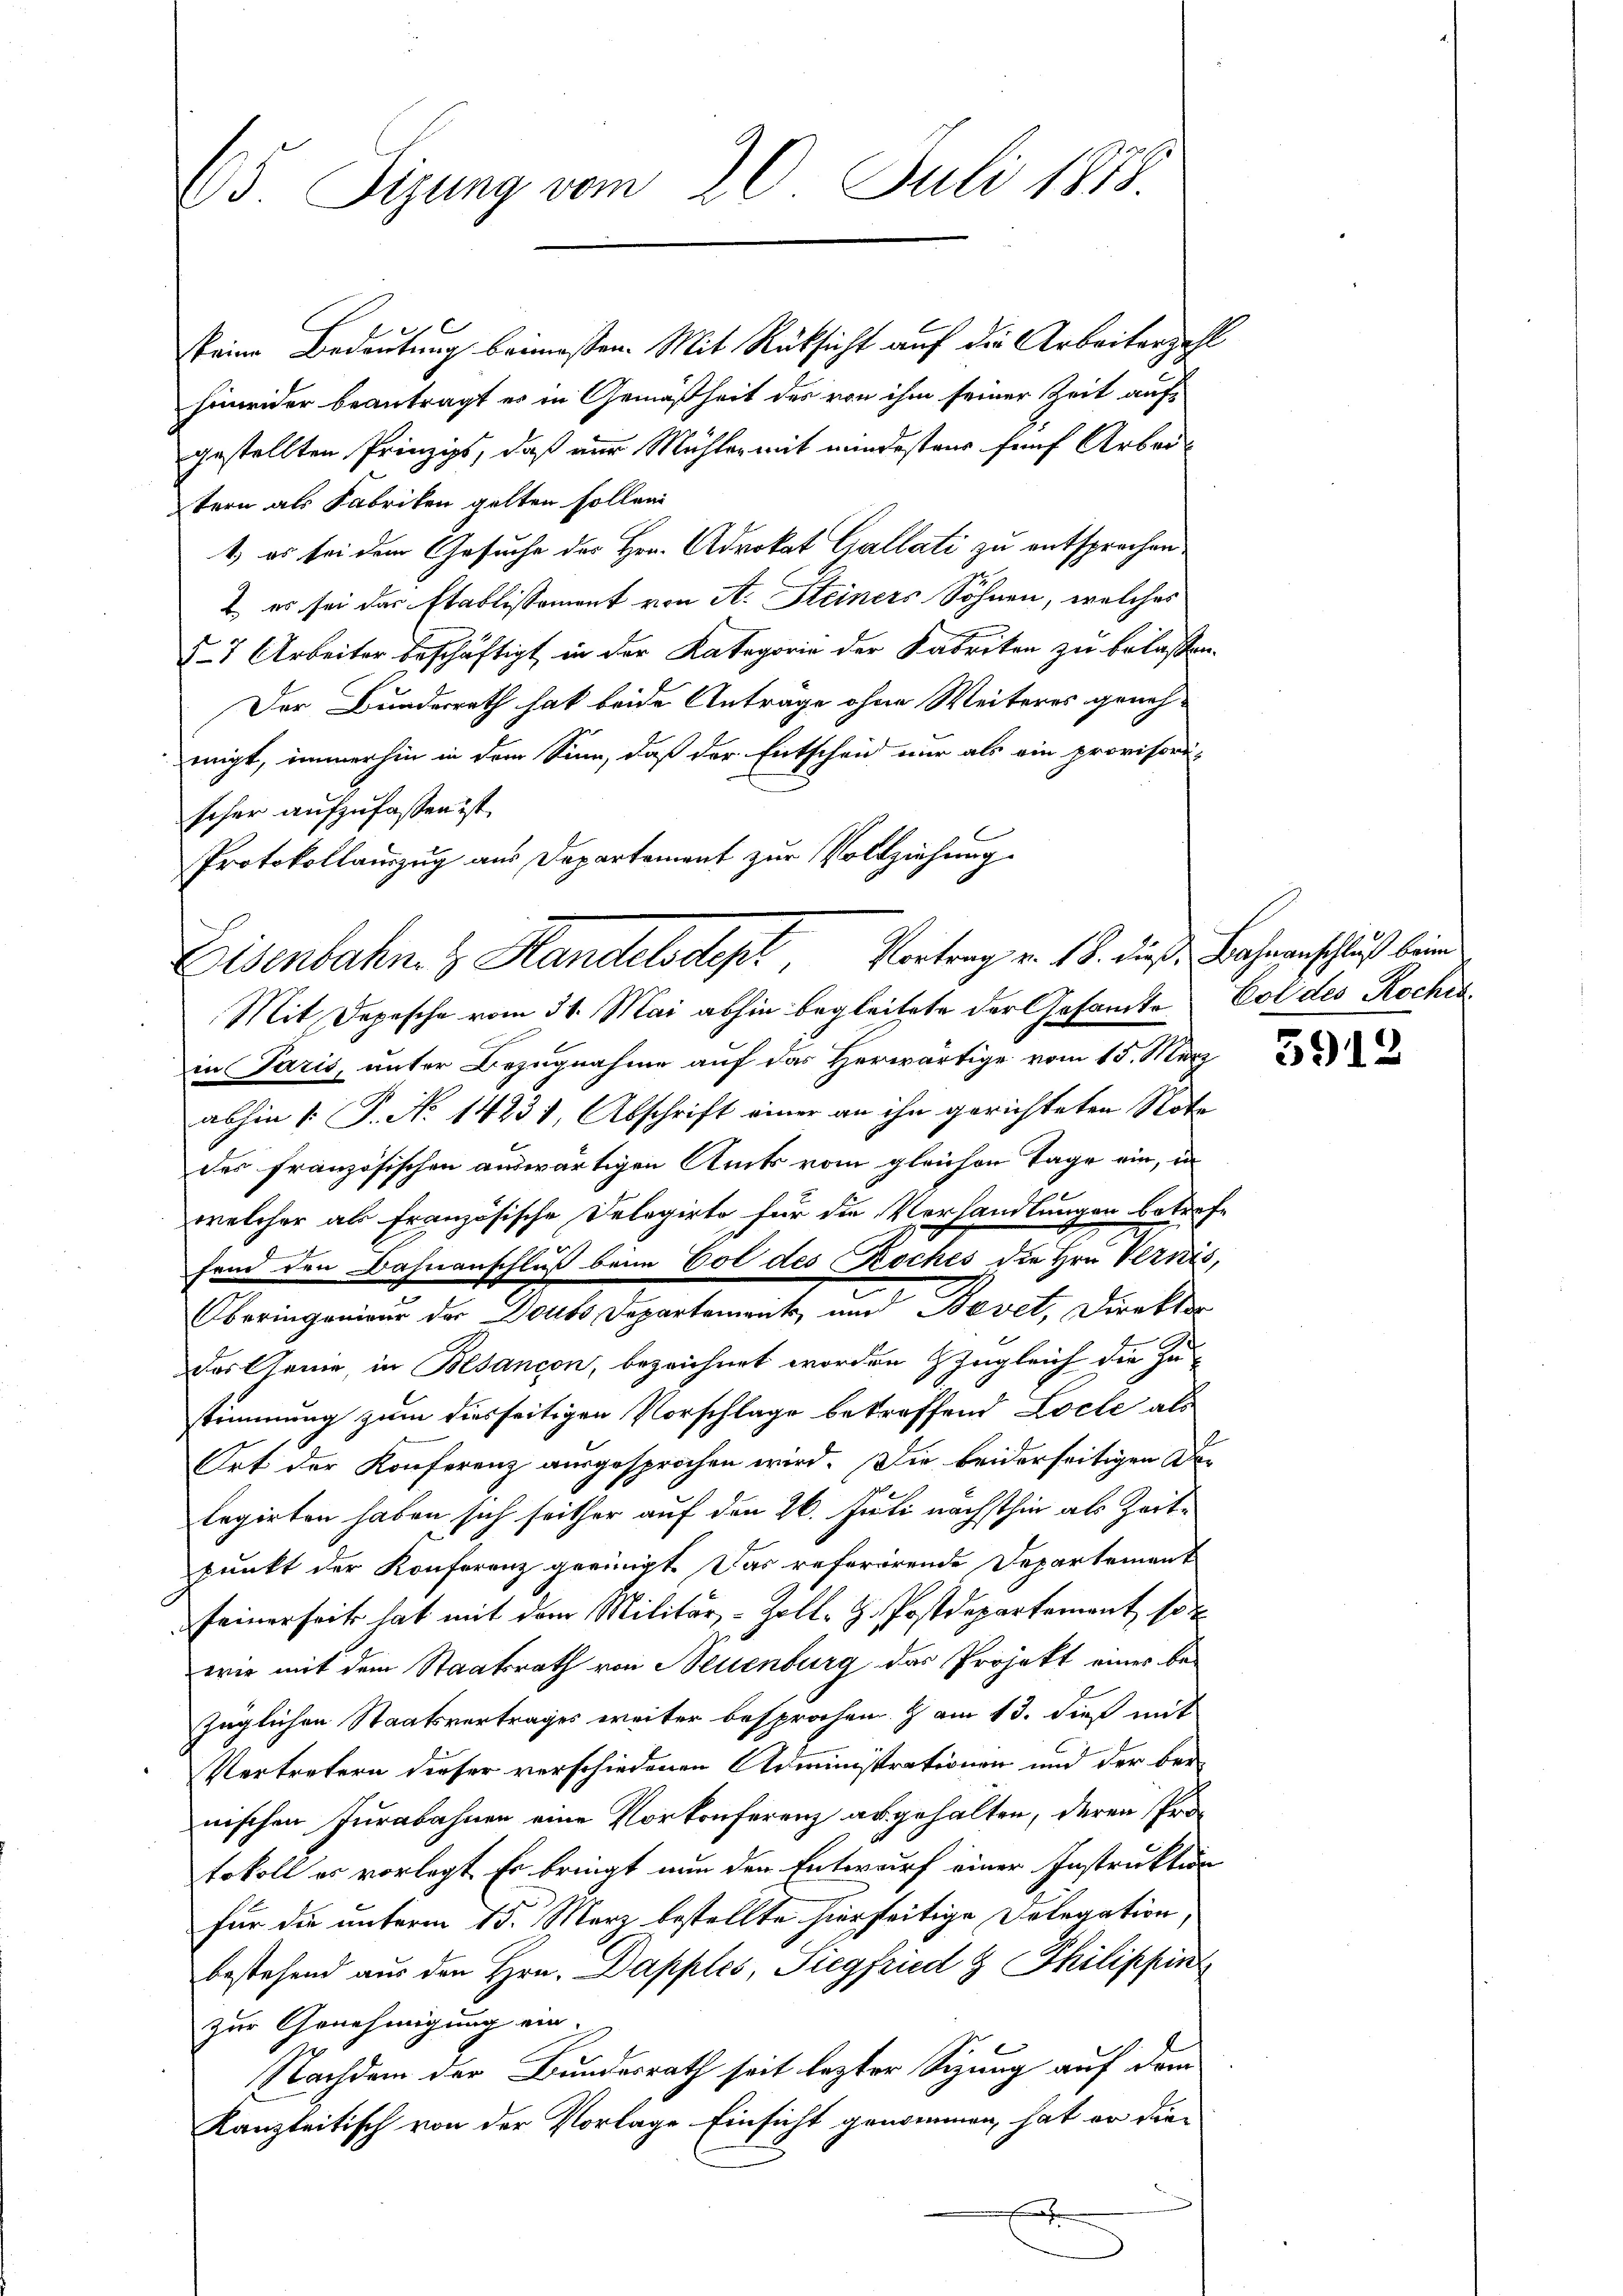
65. Sigung vom 20. Juli 1818.

keine Bedeutung beimosen. Mit Rücksicht auf die Arbeiterzahl
hinwider beantragt es in Gemäßheit des von ihm seiner Zeit aufgestellten Prinzips, daß nur Mühler mit mindesteur fünf Arbei-
tern als Fabriken gelten sollen
t, es bei dem Gesuche des Hrn. Advokat Callati zu entsprochen
2. es sei das Etablissement von A. Steiners Söhnen, welches
57 Arbeiter beschäftigt in der Kategorie der Fabriken zu belassen.
Der Bunderrath hat beide Anträge ohne Weiteres genohmigt, immerhin in dem Sinn, daß der Entscheid nur als ein provisori-
scher aufzufassen ist.
Mit Depesche vom 31. Mai abhin begleitete der Gesamte Col des Roches
in Paris, unter Bezugnahme auf das Herwärtige vom 15. März
abhin 1. P. No 14231, Abschrift einer an ihn gerichteten Note
des französischen auswärtigen Amts vom gleichen Tage ein, in
welcher als französische Delegirte für die Verhandlungen betrefe
fend den Bahnanschluß beim Vol des Roches die Hrn. Vernis,
Oberingenieur der Doubs Departement, und Nevet, Direktor
das Genie, in Besançon, bezeichnet worden zugleich die Zustimmung zum diesseitigen Vorschlage betreffend Loche als
Ort der Konferenz ausgesprochen wird. Die beiderseitigen Delegirten haben sich seither auf den 26. Juli nächsthin als Zeitpunkt der Konferenz geeinigt. Das referirende Departement
seinerseits hat mit dem Militär-Zoll- H. Postdepartement so
wir mit dem Staatsrath von Neuenburg das Projekt eines be-
züglichen Staatsvertrages weiter besprochen & am 13. dieß mit
Vertretern dieser verschiedenen Administrationen und der ber
nischen Jurabahnen eine Vorkonferenz abgehalten, deren Protokoll es vorlegt. Er bringt nun den Entwurf einer Instruktion
für die unterm 15. März bestellte hierseitige Delegation
bestehend aus den Hrn. Dapples, Siegfried g Philippin
zur Genehmigung ein.
Nachdem der Bundesrath seit lezter Sigung auf dem
Kanzleitisch von der Vorlage Einsicht genommen, hat er die¬

Protokollauszug aus Departement zur Vollziehung
Eisenbahn z. Handelsdept, Vortrag v. 18. die Bahnenschluß beim

5912